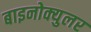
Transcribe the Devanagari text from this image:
बाइनोक्युलर